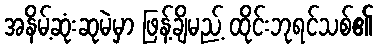
အနိမ့်ဆုံးဆုမဲမှာ ဖြန့်ချိမည့် ထိုင်းဘုရင်သစ်၏